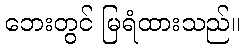
ဘေးတွင် မြရံထားသည်။